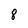
Character: 8